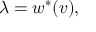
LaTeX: \lambda = w ^ { * } ( v ) ,